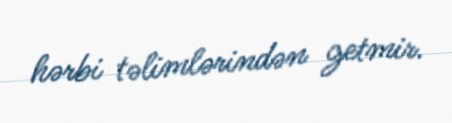
hərbi təlimlərindən getmir.